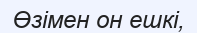
Өзімен он ешкі,